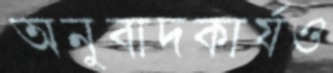
অনুবাদকার্যও